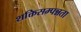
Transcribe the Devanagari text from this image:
शक्तिसम्पन्नता